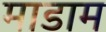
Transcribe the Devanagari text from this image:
माडाम